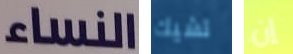
النساء تشيك إن